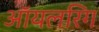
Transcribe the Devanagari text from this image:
ऑयलरिग